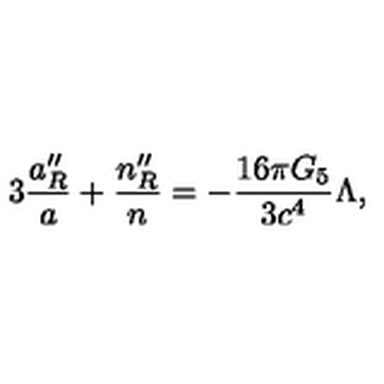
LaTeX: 3 { \frac { a _ { R } ^ { \prime \prime } } { a } } + { \frac { n _ { R } ^ { \prime \prime } } { n } } = - { \frac { 1 6 \pi G _ { 5 } } { 3 c ^ { 4 } } } \Lambda ,